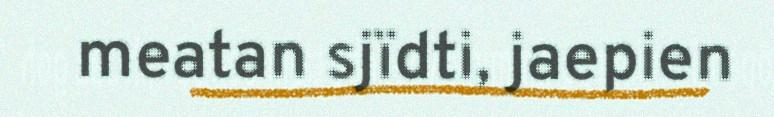
meatan sjïdti, jaepien